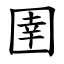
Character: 圉